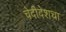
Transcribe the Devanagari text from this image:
चेदीदेशचा